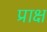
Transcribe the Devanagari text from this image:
प्राक्ष